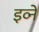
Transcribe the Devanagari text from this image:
इव्ने